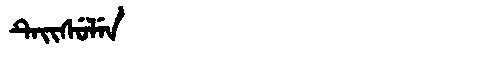
Manchu: ᡨᡝᡳᠰᡠᠯᡝᠨ
Romanization: TEISULEN